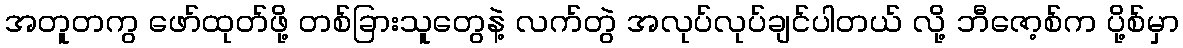
အတူတကွ ဖော်ထုတ်ဖို့ တစ်ခြားသူတွေနဲ့ လက်တွဲ အလုပ်လုပ်ချင်ပါတယ် လို့ ဘီဇော့စ်က ပို့စ်မှာ